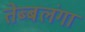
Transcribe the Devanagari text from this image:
तेब्बलंगा